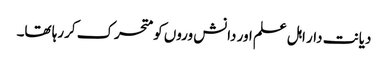
دیانت دار اہل علم اور دانش وروں کو متحرک کررہا تھا۔